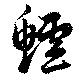
鱸